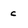
Character: c